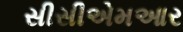
સીસીએમઆર